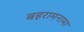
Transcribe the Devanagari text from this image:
बहरामनामा